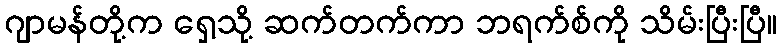
ဂျာမန်တို့က ရှေ့သို့ ဆက်တက်ကာ ဘရက်စ်ကို သိမ်းပြီးပြီ။